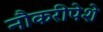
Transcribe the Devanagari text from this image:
नौकरीपेशे